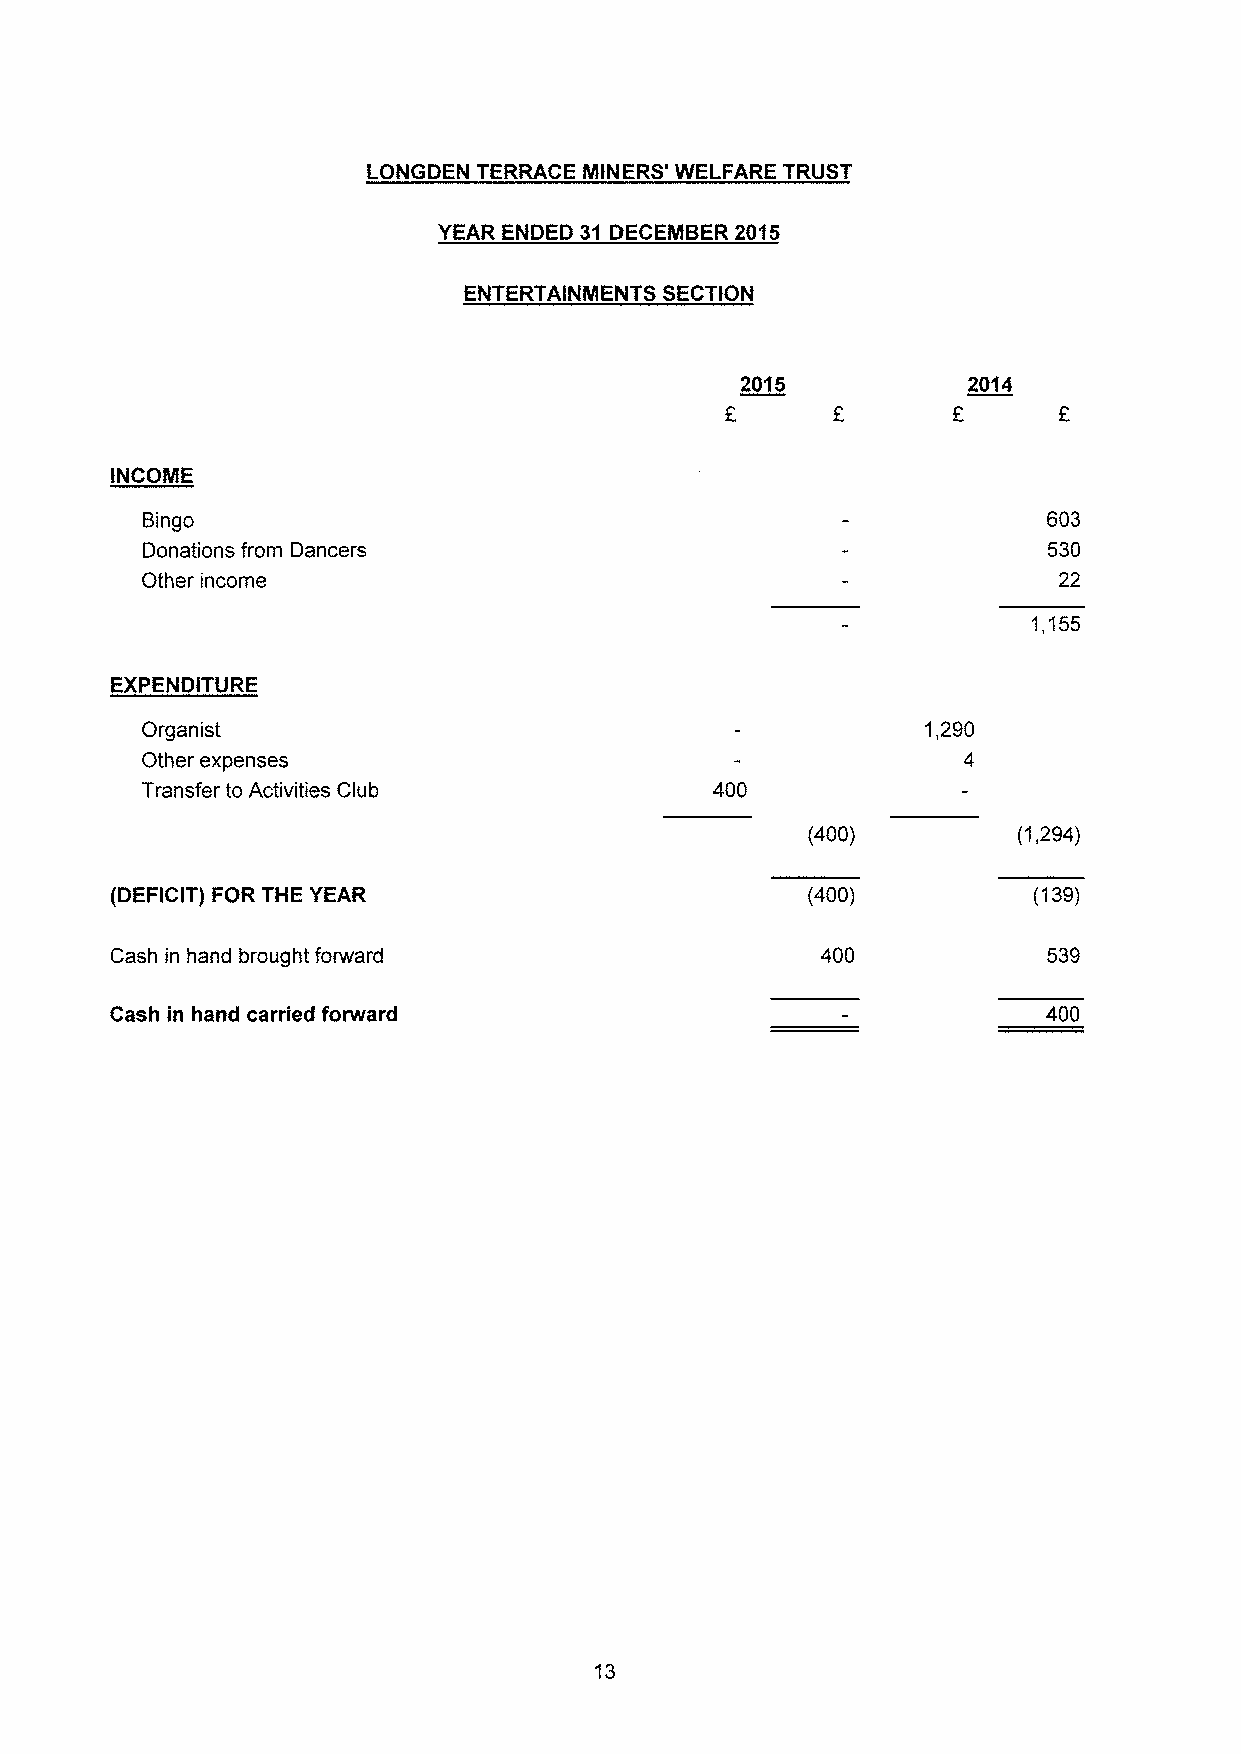
LONGDEN TERRACE MINERS' WELFARE TRUST
 YEAR ENDED 31 DECEMBER 2015
 ENTERTAINMENTS SECTION
 2015           2014
 INCOME
 Bingo                                                       603
 Donations from Dancers                                      530
 Other income                                                 22
 1,155
 EXPENDITURE
 Organist                                            1,290
 Other expenses                                         4
 Transfer to Activities Club           400
 (400)         (1,294)
 (DEFICIT) FOR THE YEAR                        (400)          (139)
 Cash in hand brought forward                   400            539
 Cash in hand carried forward                                  400